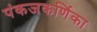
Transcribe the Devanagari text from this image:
पंकजकर्णिका